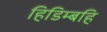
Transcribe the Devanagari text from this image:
हिडिम्बहि